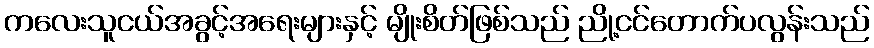
ကလေးသူငယ်အခွင့်အရေးများနှင့် မျိုးစိတ်ဖြစ်သည် ညို့ငင်တောက်ပလွန်းသည်